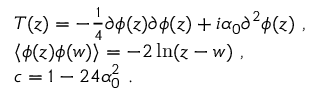
\begin{array} { r c l } { { } } & { { } } & { { T ( z ) = - \frac { 1 } { 4 } \partial \phi ( z ) \partial \phi ( z ) + i \alpha _ { 0 } \partial ^ { 2 } \phi ( z ) ~ , } } \\ { { } } & { { } } & { { \langle \phi ( z ) \phi ( w ) \rangle = - 2 \ln ( z - w ) ~ , } } \\ { { } } & { { } } & { { c = 1 - 2 4 \alpha _ { 0 } ^ { 2 } ~ . } } \end{array}